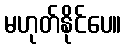
မဟုတ်နိုင်ပေ။